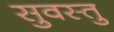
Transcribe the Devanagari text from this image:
सुवस्तु